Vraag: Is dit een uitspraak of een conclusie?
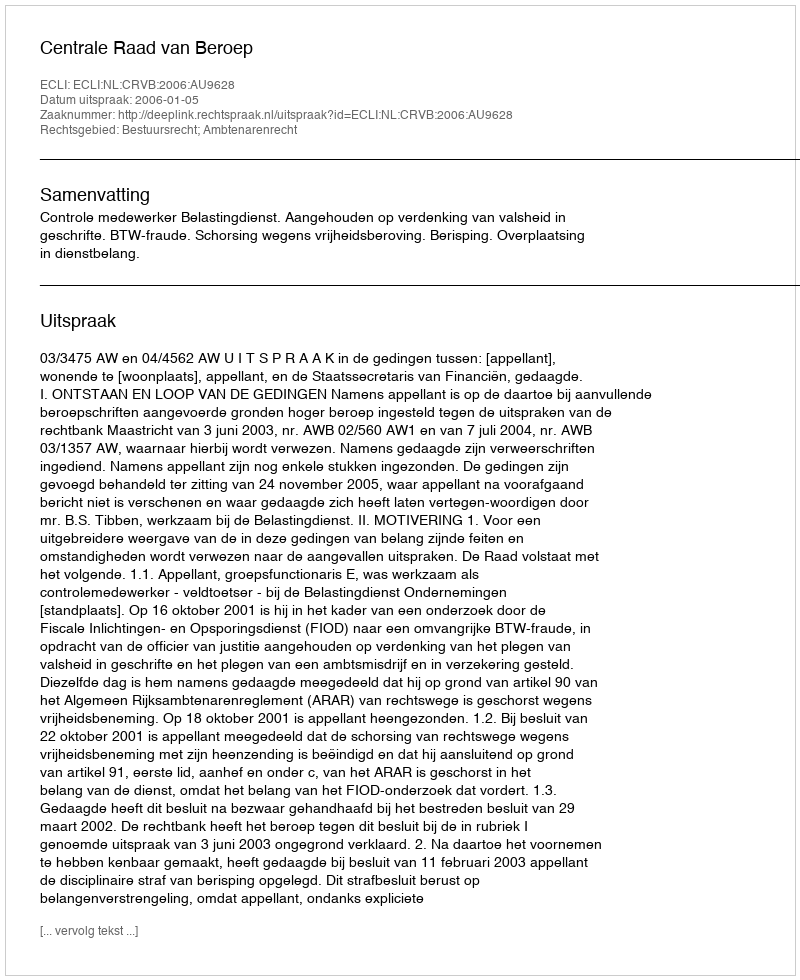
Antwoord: Uitspraak